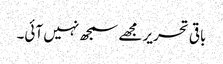
باقی تحریر مجھے سمجھ نہیں آئی۔